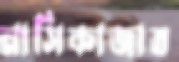
নাসিকাজাত